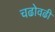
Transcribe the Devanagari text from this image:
चढोवढी